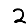
Digit: 2